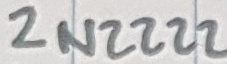
Text: 2N2222